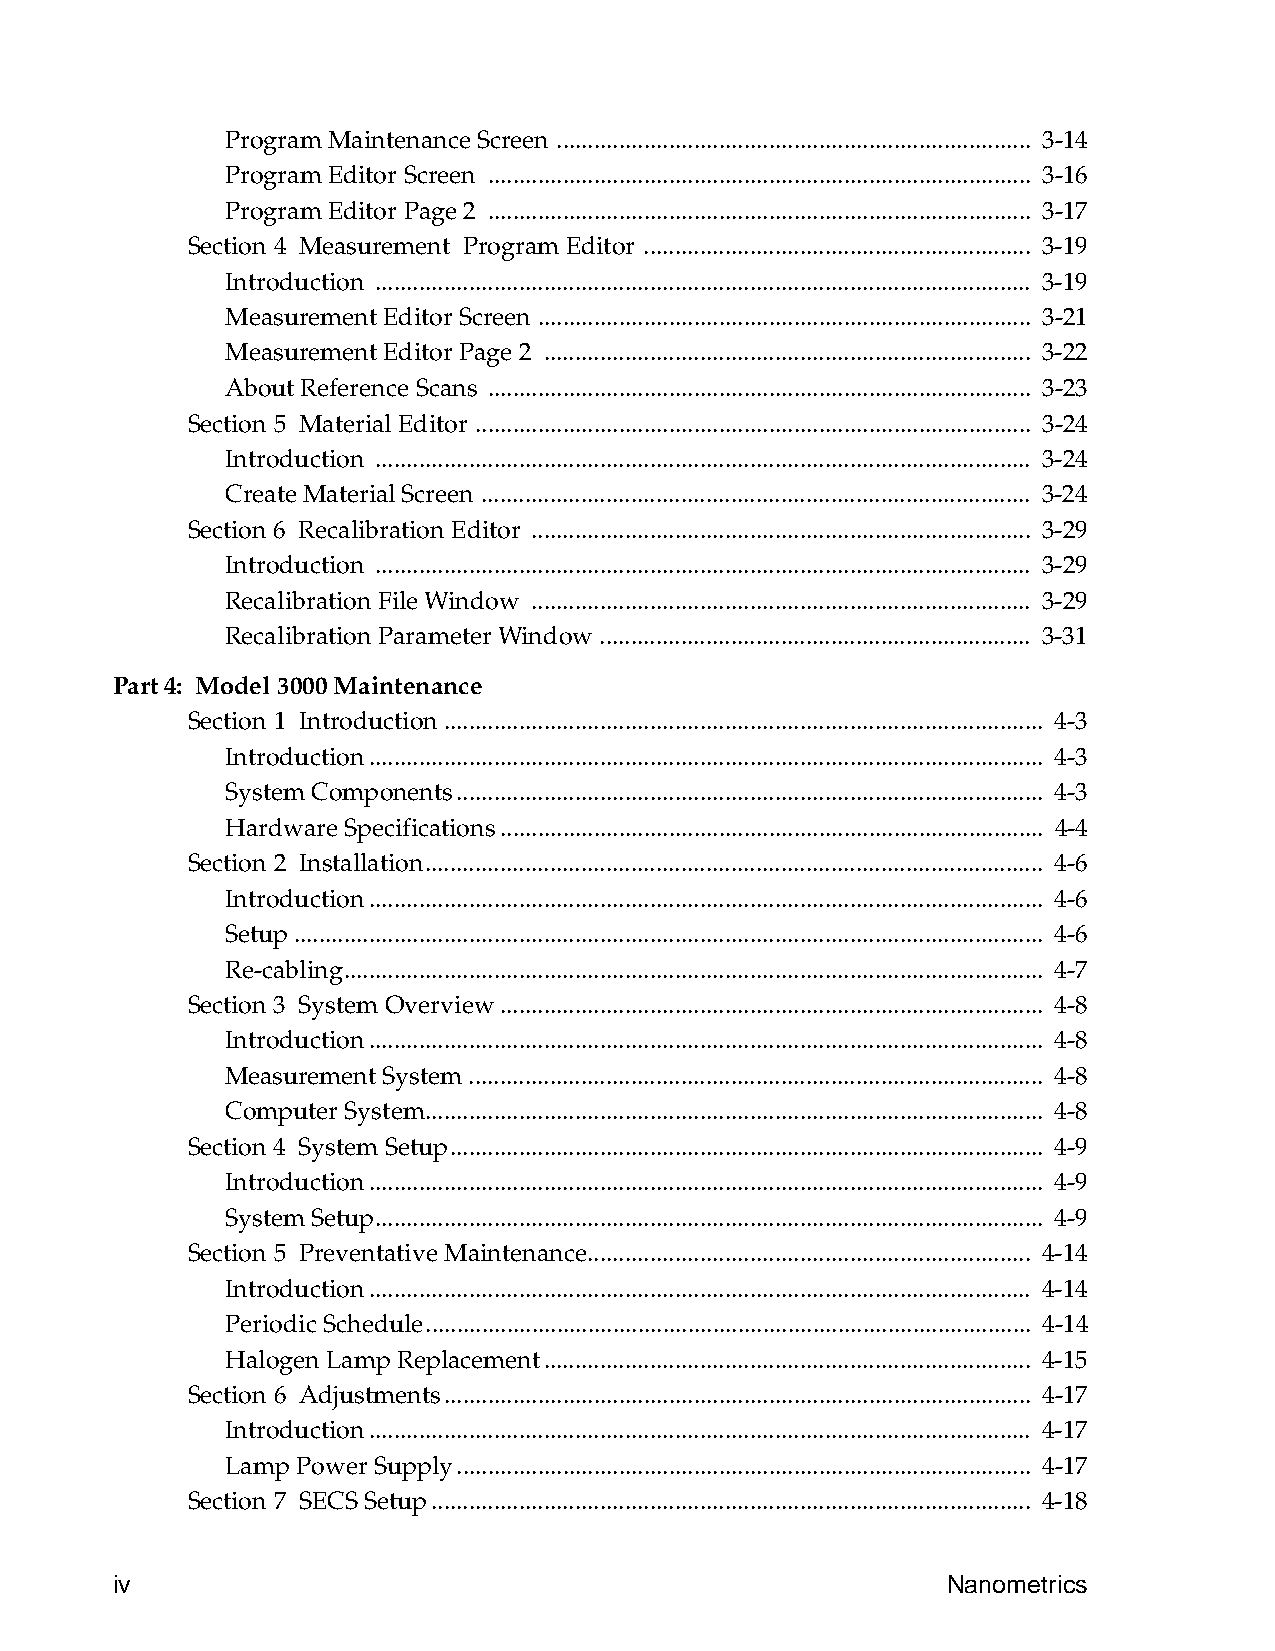
Program Maintenance Screen ............................................................................ 3-14
 Program Editor Screen ....................................................................................... 3-16
 Program Editor Page 2 ....................................................................................... 3-17
 Section 4 Measurement Program Editor .............................................................. 3-19
 Introduction ......................................................................................................... 3-19
 Measurement Editor Screen ............................................................................... 3-21
 Measurement Editor Page 2 .............................................................................. 3-22
 About Reference Scans ....................................................................................... 3-23
 Section 5 Material Editor ......................................................................................... 3-24
 Introduction ......................................................................................................... 3-24
 Create Material Screen ........................................................................................ 3-24
 Section 6 Recalibration Editor ................................................................................ 3-29
 Introduction ......................................................................................................... 3-29
 Recalibration File Window ................................................................................ 3-29
 Recalibration Parameter Window ..................................................................... 3-31
 Part 4: Model 3000 Maintenance
 Section 1 Introduction................................................................................................ 4-3
 Introduction............................................................................................................ 4-3
 System Components.............................................................................................. 4-3
 Hardware Specifications....................................................................................... 4-4
 Section 2 Installation................................................................................................... 4-6
 Introduction............................................................................................................ 4-6
 Setup........................................................................................................................ 4-6
 Re-cabling................................................................................................................ 4-7
 Section 3 System Overview....................................................................................... 4-8
 Introduction............................................................................................................ 4-8
 Measurement System............................................................................................ 4-8
 Computer System................................................................................................... 4-8
 Section 4 System Setup............................................................................................... 4-9
 Introduction............................................................................................................ 4-9
 System Setup........................................................................................................... 4-9
 Section 5 Preventative Maintenance....................................................................... 4-14
 Introduction.......................................................................................................... 4-14
 Periodic Schedule................................................................................................. 4-14
 Halogen Lamp Replacement.............................................................................. 4-15
 Section 6 Adjustments.............................................................................................. 4-17
 Introduction.......................................................................................................... 4-17
 Lamp Power Supply............................................................................................ 4-17
 Section 7 SECS Setup................................................................................................ 4-18
 iv                                                      Nanometrics